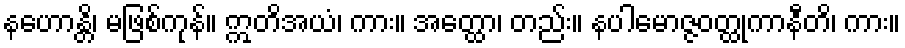
နဟောန္တိ၊ မဖြစ်ကုန်။ ဣတိအယံ၊ ကား။ အတ္ထော၊ တည်း။ နပါမောဇ္ဇဝတ္ထုကာနီတိ၊ ကား။